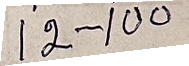
12 - 100